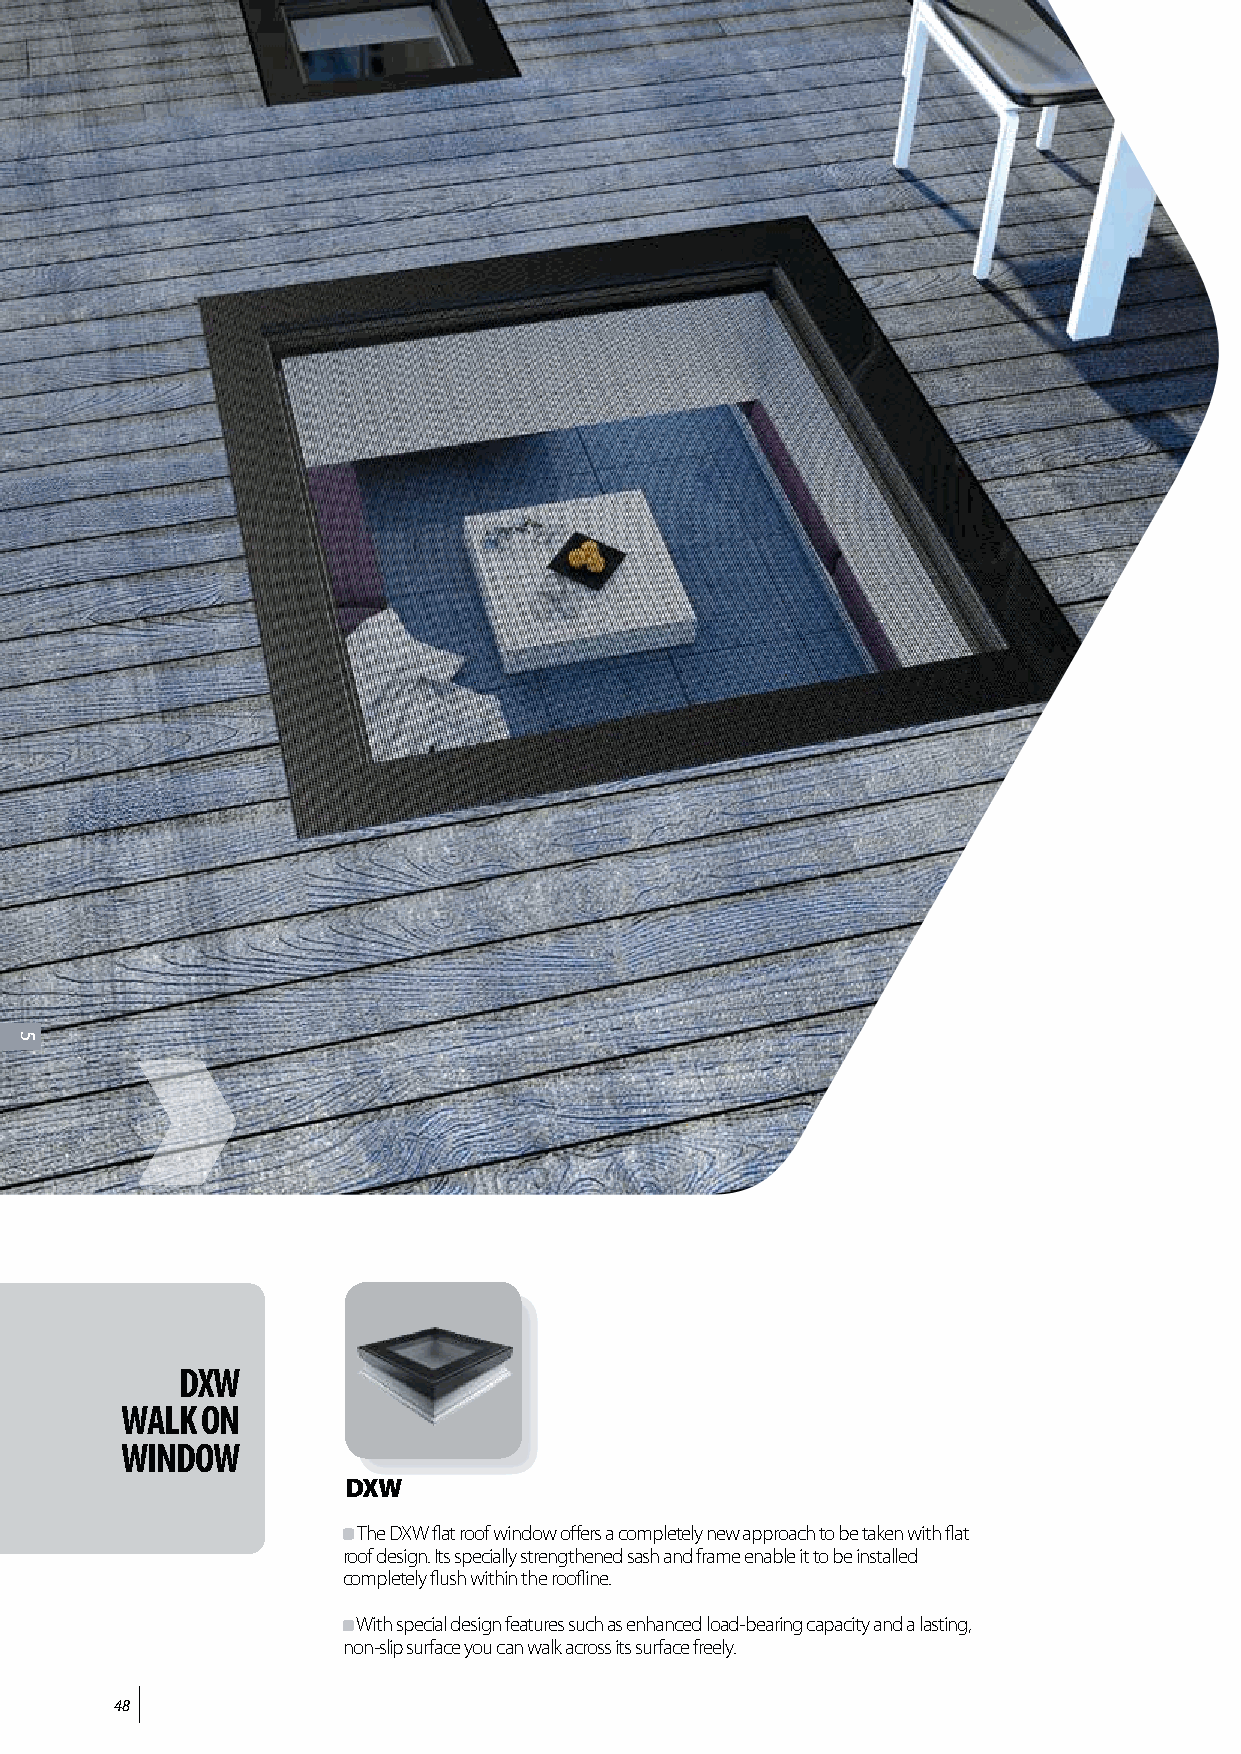
DXW
 WALK ON
 WINDOW
 DXW
 The DXW flat roof window offers a completely new approach to be taken with flat
 roof design. Its specially strengthened sash and frame enable it to be installed
 completely flush within the roofline.
 With special design features such as enhanced load-bearing capacity and a lasting,
 non-slip surface you can walk across its surface freely.
 48
 5